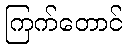
ကြက်တောင်